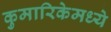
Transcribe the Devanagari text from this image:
कुमारिकेमध्ये